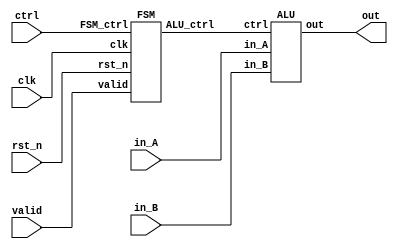
module MY_DESIGN(
    clk,
    rst_n,
    valid,
    ctrl,
    in_A,
    in_B,
    out
);
    // Port list
    input         clk, rst_n, valid;
    input  [ 2:0] ctrl;
    input  [31:0] in_A, in_B;
    output [31:0] out;
    // Wire and reg
    wire   [ 2:0] FSM_ctrl, ALU_ctrl;
    // Instantiate sub-modules
    FSM FSM_INST(
        .clk(clk),
        .rst_n(rst_n),
        .valid(valid),
        .FSM_ctrl(FSM_ctrl),
        .ALU_ctrl(ALU_ctrl)
    );
    ALU ALU_INST(
        .ctrl(ALU_ctrl),
        .in_A(in_A),
        .in_B(in_B),
        .out(out)
    );
    // Continuous assignment
    assign FSM_ctrl = ctrl;
endmodule

module FSM(
    clk,
    rst_n,
    valid,
    FSM_ctrl,
    ALU_ctrl
);
    // Port list
    input        clk, rst_n, valid;
    input  [2:0] FSM_ctrl;
    output [2:0] ALU_ctrl;
    // Wire and reg
    reg    [2:0] state, state_nxt;
    // Output logic
    assign ALU_ctrl = state;
    // Next-state logic
    /*
        The (*) means "build the sensitivity list for me".
        For example, if you had a statement a = b + c; then you'd want a to change every time either b or c changes. 
        In other words, a is "sensitive" to b & c. So to set this up:
        always @( b or c ) begin
            a = b + c;
        end
    */
    always @(*) begin
        if (valid) begin
            state_nxt = FSM_ctrl;
        end
        else begin
            state_nxt = state;
        end
    end
    // Sequential block
    always @(posedge clk or negedge rst_n) begin
        if (!rst_n) begin
            state <= 0;
        end
        else begin
            state <= state_nxt;
        end
    end
endmodule

module ALU(
    ctrl,
    in_A,
    in_B,
    out
);
    // Port list
    input  [ 2:0] ctrl;
    input  [31:0] in_A, in_B;
    output [31:0] out;
    // Wire and reg
    reg    [31:0] out;
    // Combinational block
    always @(*) begin
        case(ctrl)
            // Todo: Complete ALU
            3'd0: out = in_A + in_B;
            3'd1: out = in_A - in_B;
            3'd2: out = in_A << in_B;
            3'd3: out = in_A ^ in_B;
            3'd4: out = in_A >> in_B;
            3'd5: out = $signed(in_A) >>> in_B;
            3'd6: out = in_A | in_B;
            3'd7: out = in_A & in_B;
            // Full-case, neglect default case
        endcase
    end
endmodule